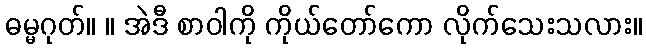
ဓမ္မဂုတ်။ ။ အဲဒီ စာဝါကို ကိုယ်တော်ကော လိုက်သေးသလား။